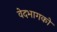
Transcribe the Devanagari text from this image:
वेदभागको